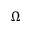
\Omega